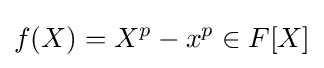
f(X)=X^{p}-x^{p}\in F[X]